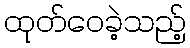
ထုတ်ဝေခဲ့သည့်